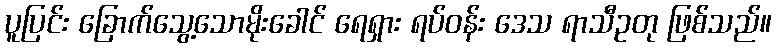
ပူပြင်း ခြောက်သွေ့သောမိုးခေါင် ရေရှား ရပ်ဝန်း ဒေသ ရာသီဥတု ဖြစ်သည်။